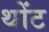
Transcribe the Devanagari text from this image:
थोंट